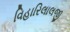
વિહારિલાલજી